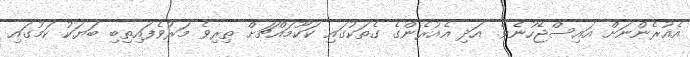
އެއުރެންނަށް އައިސްޖެހުނެވެ. އަދި އެއުރެންގެ ގެތަކުގައި ކަކޫމައްޗަށް ތިރިވެ މަރުވެފައިތިބި ބަޔަކު ކަމުގައި